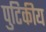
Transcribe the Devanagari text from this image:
पुटिकीय